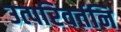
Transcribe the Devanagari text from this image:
उत्परिवर्तनि